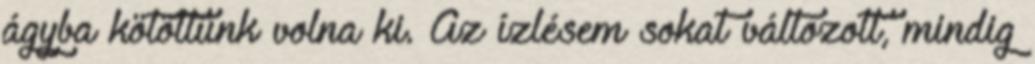
ágyba kötöttünk volna ki. Az ízlésem sokat változott, mindig